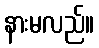
နားမလည်။